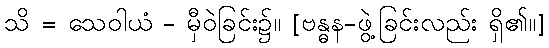
သိ = သေဝါယံ - မှီဝဲခြင်း၌။ [ဗန္ဓန-ဖွဲ့ခြင်းလည်း ရှိ၏။]